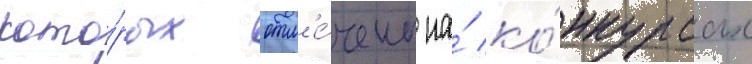
кото́рых отм'е́чены на́ ко́нкурсах